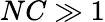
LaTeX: NC\gg 1